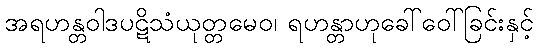
အရဟန္တဝါဒပဋိသံယုတ္တမေဝ၊ ရဟန္တာဟုခေါ်ဝေါ်ခြင်းနှင့်